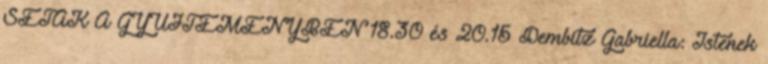
SÉTÁK A GYŰJTEMÉNYBEN 18.30 és 20.15 Dembitz Gabriella: Istenek